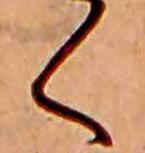
く